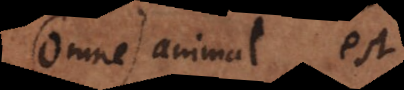
Omne) animal est